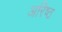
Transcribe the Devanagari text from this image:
अरिष्ठ